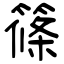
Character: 篠